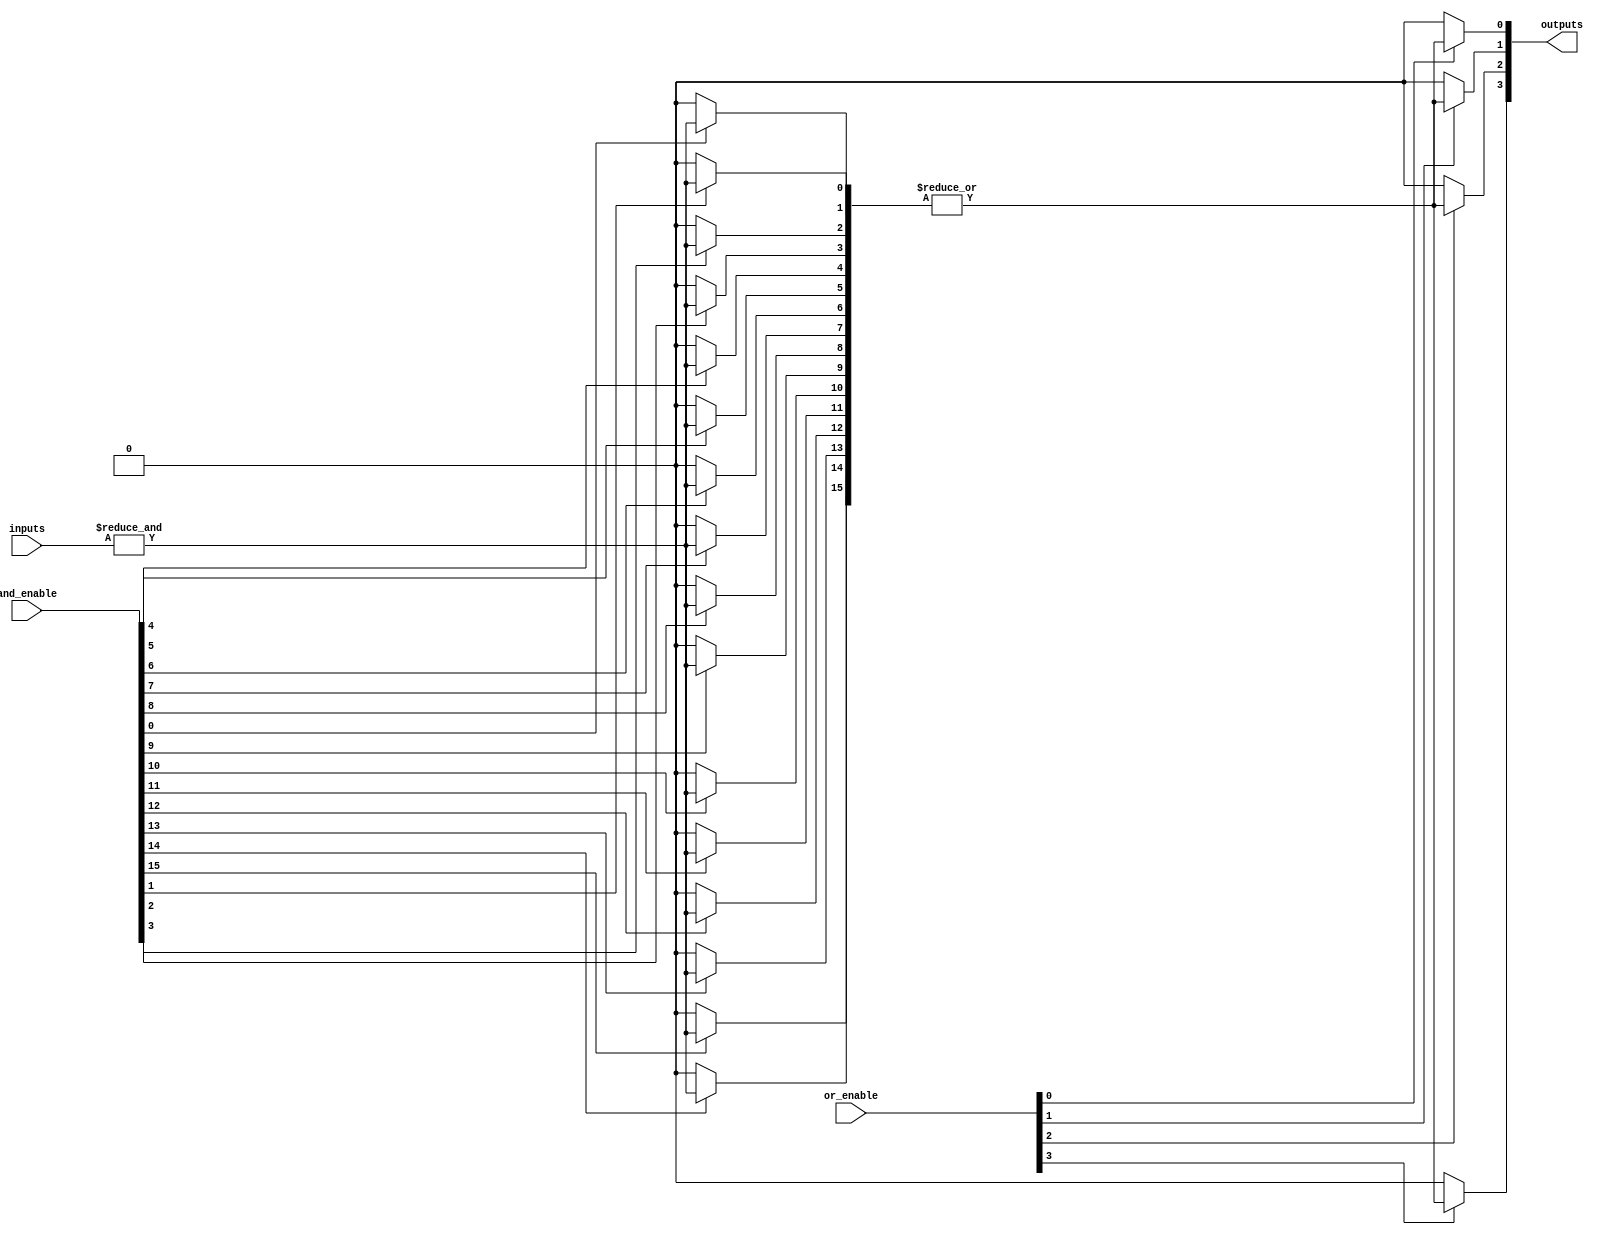
module SPAL #(
    parameter NUM_INPUTS = 8,    // Number of input lines
    parameter NUM_AND_GATES = 16, // Number of AND gates
    parameter NUM_OR_GATES = 4    // Number of OR gates
)(
    input wire [NUM_INPUTS-1:0] inputs, // Input lines
    input wire [NUM_AND_GATES-1:0] and_enable, // AND gate enable signals
    input wire [NUM_OR_GATES-1:0] or_enable, // OR gate enable signals
    output wire [NUM_OR_GATES-1:0] outputs // Output lines
);

// Internal wires for AND gate outputs
wire [NUM_AND_GATES-1:0] and_outputs;

// Programmable AND array
genvar i, j;
generate
    for (i = 0; i < NUM_AND_GATES; i = i + 1) begin : and_array
        wire [NUM_INPUTS-1:0] and_inputs;
        
        // Connect inputs based on programmability (for simplicity, we use a fixed mapping)
        assign and_inputs = inputs; // In a real implementation, this would be configurable
        
        // AND gate logic
        assign and_outputs[i] = and_enable[i] ? &and_inputs : 1'b0; // AND operation if enabled
    end
endgenerate

// Programmable OR array
generate
    for (j = 0; j < NUM_OR_GATES; j = j + 1) begin : or_array
        wire [NUM_AND_GATES-1:0] or_inputs;
        
        // Connect AND gate outputs based on programmability (for simplicity, we use a fixed mapping)
        assign or_inputs = and_outputs; // In a real implementation, this would be configurable
        
        // OR gate logic
        assign outputs[j] = or_enable[j] ? |or_inputs : 1'b0; // OR operation if enabled
    end
endgenerate

endmodule